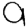
Digit: 9